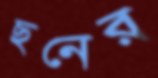
ছনের